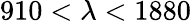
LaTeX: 910<\lambda<1880